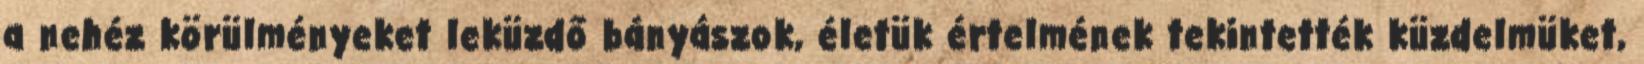
a nehéz körülményeket leküzdő bányászok, életük értelmének tekintették küzdelmüket,